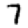
Digit: 7